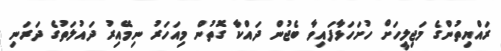
ރައްޔިތުންގެ މަޖިލީހަށް ހުށަހަޅާފައިވާ ބެޖުން ދައްކާ ގޮތުން މިއަހަރު ނިމޭއިރު ދައުލަތުގެ ދަރަނި